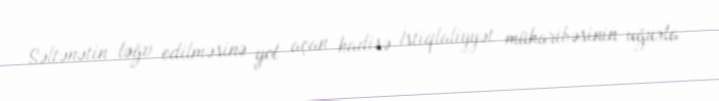
Səltənətin ləğv edilməsinə yol açan hadisə İstiqlaliyyət müharibəsinin uğurla